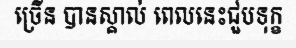
ច្រើន បានស្គាល់ ពេលនេះជួបទុក្ខ